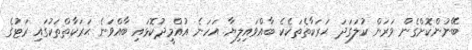
ބޭނުންކޮށްގެން ވަރަން ކުލަގަދަ ޙަރަކާތެތަކެކެ ބާއްވައިލިޔާ. އަހަނެ އުއްމީދުކޮޅައި ބާއްވަނެ ޙަރަކާތްތަކުގައި ރަޓުގެ